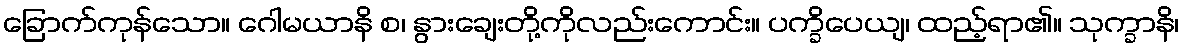
ခြောက်ကုန်သော။ ဂေါမယာနိ စ၊ နွားချေးတို့ကိုလည်းကောင်း။ ပက္ခိပေယျ၊ ထည့်ရာ၏။ သုက္ခာနိ၊